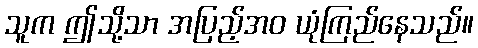
သူက ဤသို့သာ အပြည့်အဝ ယုံကြည်နေသည်။